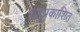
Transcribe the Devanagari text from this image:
बहुप्रकाशित